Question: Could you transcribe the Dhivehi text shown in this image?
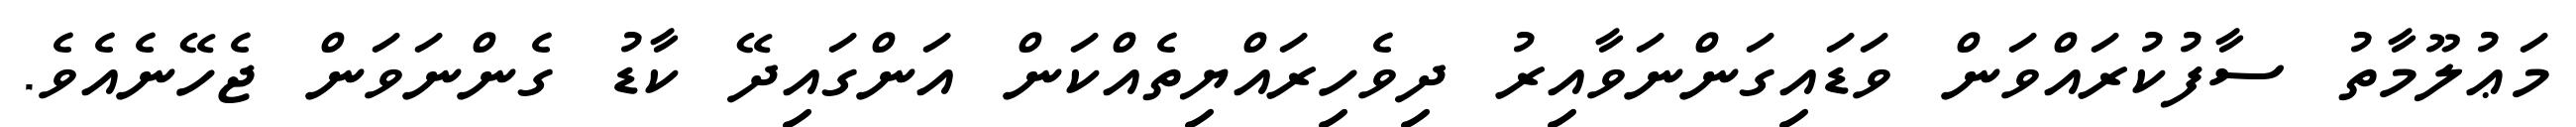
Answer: މަޢުލޫމާތު ސާފުކުރައްވަން ވަޑައިގަންނަވާއިރު ދިވެހިރައްޔިތެއްކަން އަންގައިދޭ ކާޑު ގެންނަވަން ޖެހޭނެއެވެ.